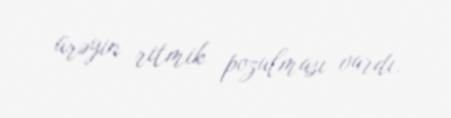
ürəyin ritmik pozulması vardı.